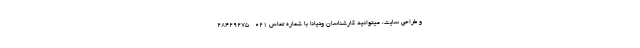
و طراحی سایت، میتوانید کارشناسان ودیانا با شماره تماس 021- 28429275